Report on the lunatic asylums under the Government of Bombay - 1904-1913
Year: 1904
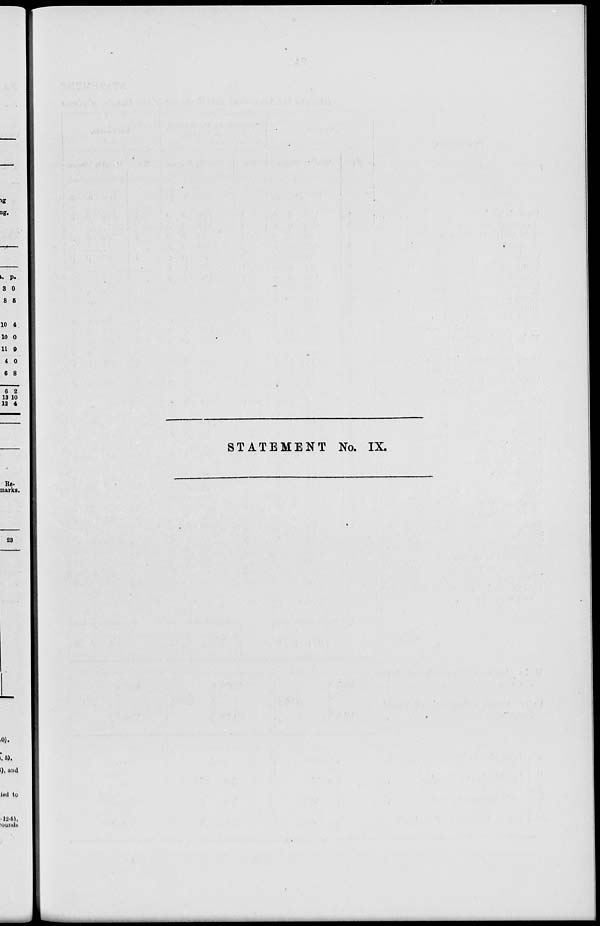
STATEMENT No. IX.